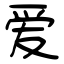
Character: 爱